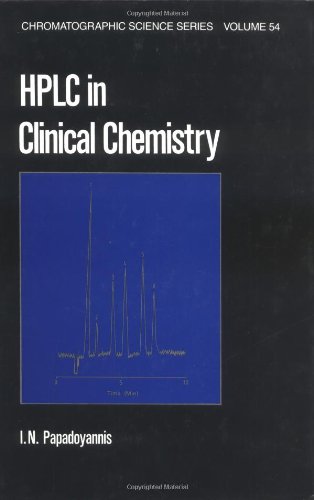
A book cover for HPLC in Clinical Chemistry (Chromatographic Science Series); Papadoyannis; Science & Math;